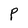
Character: P